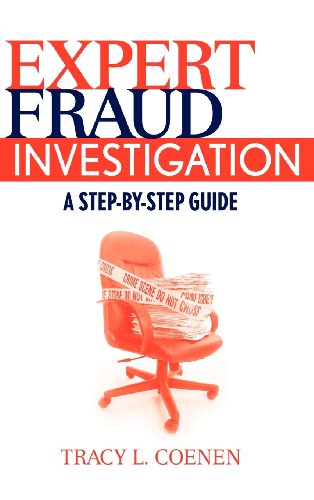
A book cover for Expert Fraud Investigation: A Step-by-Step Guide; Tracy Coenen; Business & Money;